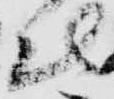
仕